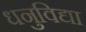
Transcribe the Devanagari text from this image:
धनुविद्या